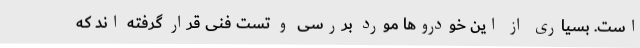
است. بسیاری از این خودروها مورد بررسی و تست فنی قرار گرفته اند که